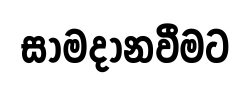
සාමදානවීමට